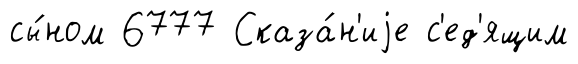
сы́ном 6777 Сказа́н'иjе с'ед'ящим